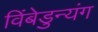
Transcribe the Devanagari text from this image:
विंबेडुन्यंग